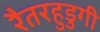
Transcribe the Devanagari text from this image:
रैतरहुडुगी